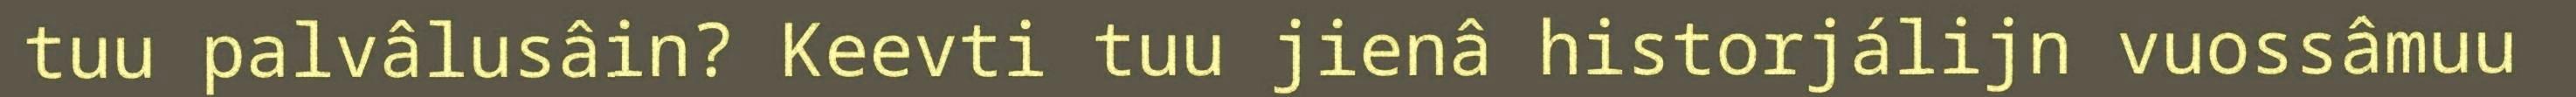
tuu palvâlusâin? Keevti tuu jienâ historjálijn vuossâmuu